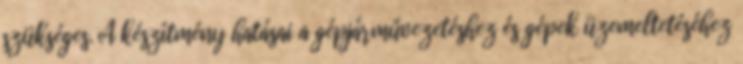
szükséges. A készítmény hatásai a gépjárművezetéshez és gépek üzemeltetéséhez